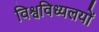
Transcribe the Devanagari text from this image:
विश्वविध्यलयों